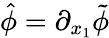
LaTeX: \hat{\phi}=\partial_{x_{1}}\tilde{\phi}